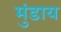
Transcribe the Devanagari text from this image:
मुंडाय